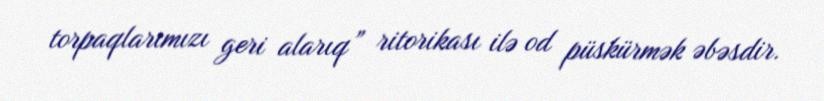
torpaqlarımızı geri alarıq” ritorikası ilə od püskürmək əbəsdir.